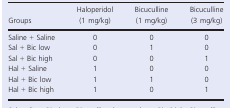
<table><thead><tr><td><b>Groups</b></td><td><b>Haloperidol (1 mg/kg)</b></td><td><b>Bicuculline (1 mg/kg)</b></td><td><b>Bicuculline (3 mg/kg)</b></td></tr></thead><tbody><tr><td>Saline + Saline</td><td>0</td><td>0</td><td>0</td></tr><tr><td>Sal + Bic low</td><td>0</td><td>1</td><td>0</td></tr><tr><td>Sal + Bic high</td><td>0</td><td>0</td><td>1</td></tr><tr><td>Hal + Saline</td><td>1</td><td>0</td><td>0</td></tr><tr><td>Hal + Bic low</td><td>1</td><td>1</td><td>0</td></tr><tr><td>Hal + Bic high</td><td>1</td><td>0</td><td>1</td></tr></tbody></table>